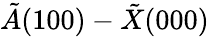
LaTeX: \tilde{A}(100)-\tilde{X}(000)